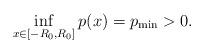
LaTeX: \begin{align*}\inf_{x\in[-R_0,R_0]}p(x)=p_{\mathrm{min}}>0.\end{align*}